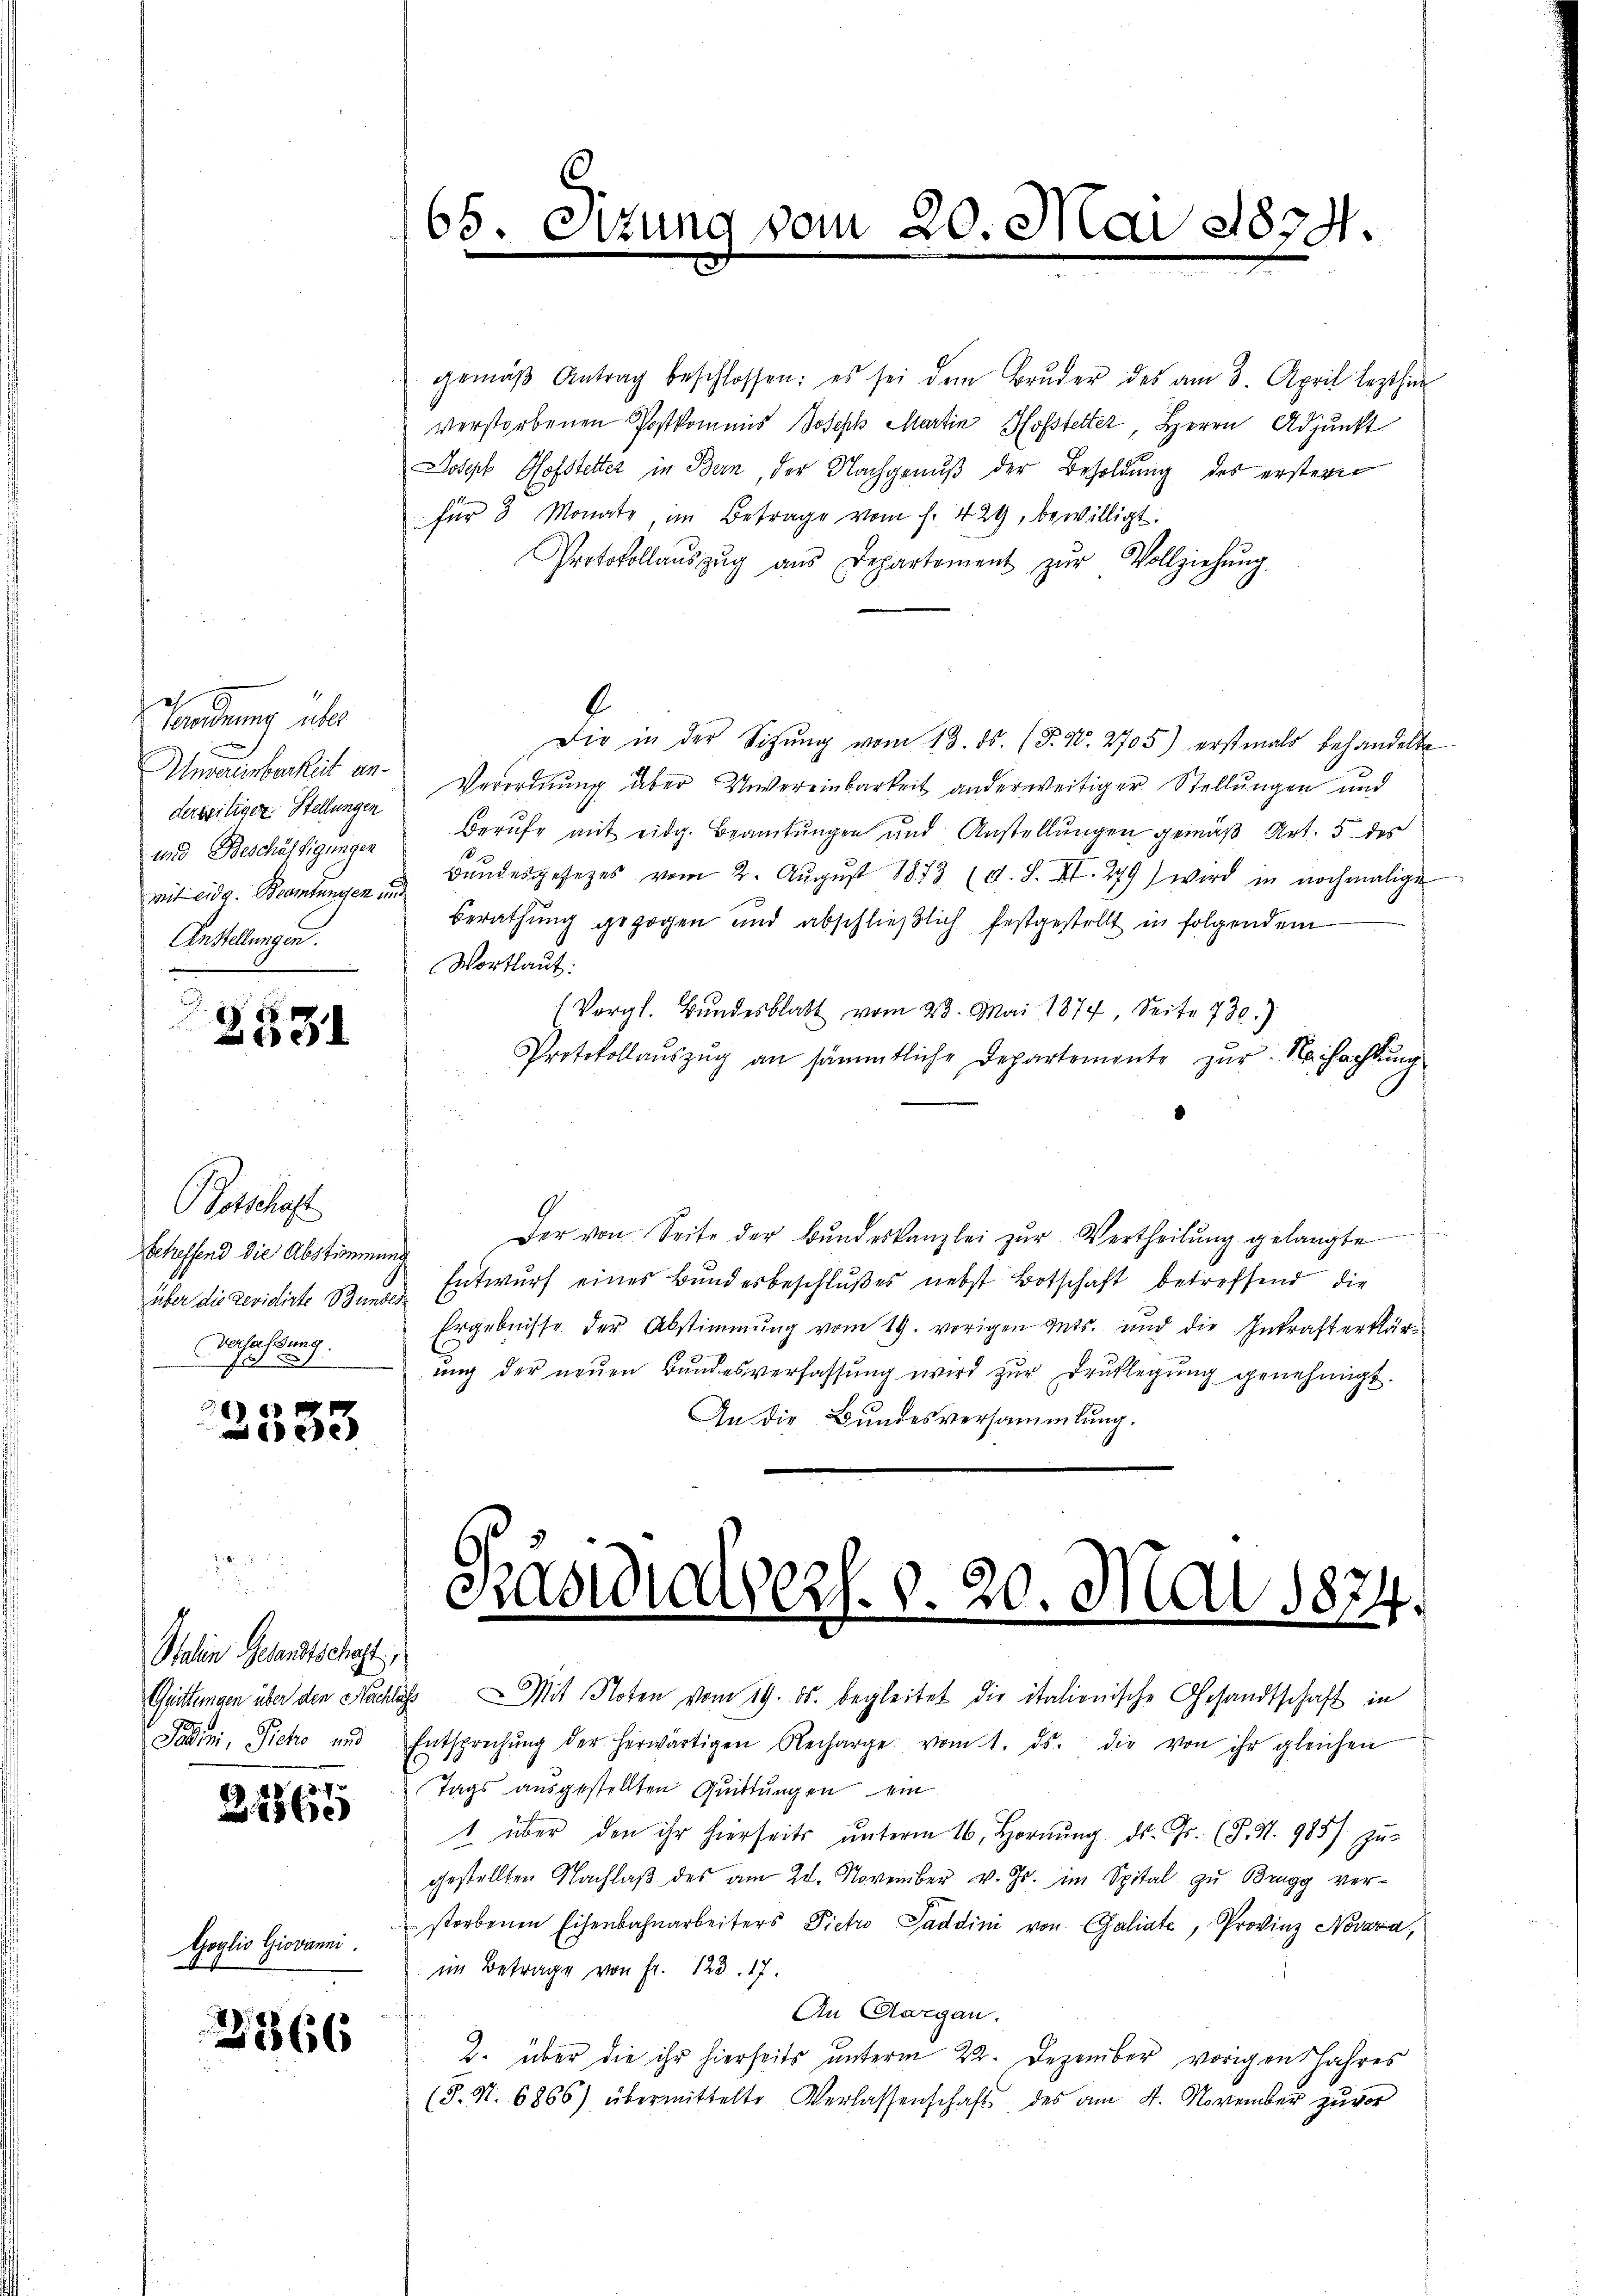
h
Verordnung über
derseitiger Stellungen
und Beschäftigungen
Anstellungen.

2531

Totschaft
Betreffend die Abstimmung
Verfaßung.
f

6
633

Italien Gesandtschaft,
Faden, Siche und

22865

Goglio Giovanni.

2566

gemäβ Antrag beschlossen; es sei dem Bruder des am 3. April lezthin
verstorbenen Postkommis Joseph Martin Hofstetter, Herrn Adjunkt
Joseph Hofstetter in Bern, der Nachgenuß der Besoldung des erstern
für 3 Monate, im Betrage vom 1. 429, bewilligt.
Protokollaŭszŭg aŭs Departement zŭr Vollziehŭng
.
Die in der Sitzŭng vom 13. ds. (T. 40. 2705) erstmals behandelte
Unvereinbarkeit an. Verordnung über Unvereinbarkeit anderweitiger Stellungen und
Berufe mit eidg. Beamtungen und Anstellungen gemäß Art. 5 des
18
mit eidg. Beamtungen Bandesgesezes vom 2. Aŭgŭst 1843 (d. S. XI. 279) wird in nochmalige
Berathung gezogen und abschließlich festgestellt in folgendem
Wortlaut:
(Vergl. Bundesblatt vom 23. Mai 1877, Seite 730.)
Protokollauszug an sämmtliche Departemente zur Nachachtung
Der von Seite der Bŭndeskanzlei zŭr Vertheilŭng gelangte
über die Revidirte Bunde Entwurf eines Bundesbeschlußes nebst Botschaft betreffend die
Ergebnisse der Abstimmung vom 19. vorigen Guts. und die Inkraft erklärung der neuen Bundesverfassung wird zur Druklegung genehmigt.
An die Bundesversammlung.

65.

unc

vom

20. Mai 1874.

Präsidialvers. v. 20. Mai 1874.

Guittungen über den Nachlass Mit Noten vom 19. ds. begleitet die italienische Gesandtschaft in
Entsprechŭng der herwärtigen Recharge vom 1. ds. die von ihr gleichen
Tags ausgestellten Quittungen ein
1. über den ihr hierseits ŭnterm 16. Hornŭng ds. Gs. (T. S. 985/ Zŭ-
gestellten Nachlaß des am 28. November v. Js. im Spital zu Brugg verstorbenen Eisenbahnarbeiters Pietro Saddini von Galiate, Provinz Novara,
im Betrage von Fr. 123. 17.
An Aargau.
2. über die ihr hierheits unterm 22. Dezember vorigen Jahres
(T. S. 6866), übermittelte Verlassenschaft des am 4. November zuvor